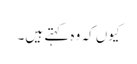
کیوں کہ وہ کہتے ہیں۔